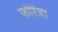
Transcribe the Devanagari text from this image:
फोरेंजा